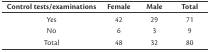
| Control tests/examinations | Female | Male | Total |
 | --- | --- | --- | --- |
 | Yes | 42 | 29 | 71 |
 | No | 6 | 3 | 9 |
 | Total | 48 | 32 | 80 |